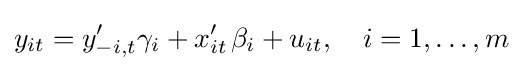
y_{it}=y_{-i,t}'\gamma _{i}+x_{it}'\;\!\beta _{i}+u_{it},\quad i=1,\ldots ,m